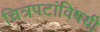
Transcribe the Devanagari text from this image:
चित्रपटांविषयी